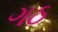
ગઠ